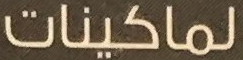
لماكينات